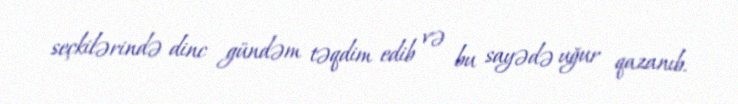
seçkilərində dinc gündəm təqdim edib və bu sayədə uğur qazanıb.